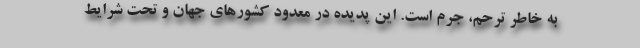
به خاطر ترحم، جرم است. این پدیده در معدود کشورهای جهان و تحت شرایط